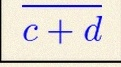
\frac{a+b}{c+d}